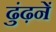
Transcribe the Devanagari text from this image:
ढुंढ़नें